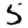
Digit: 5